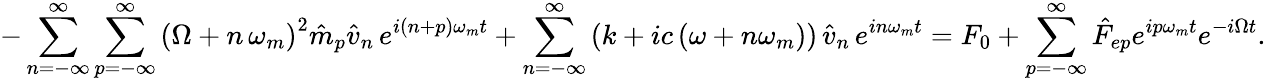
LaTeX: -\sum_{n=-\infty}^{\infty}\sum_{p=-\infty}^{\infty}\left(\Omega+n\, \omega_{m}\right)^{2}\hat{m}_{p}\hat{v}_{n}\, e^{i(n+p)\omega_{m}t}+\sum_{n=-\infty}^{\infty}\left(k+ic\left(\omega+n\omega_{m}\right)\right)\, \hat{v}_{n}\, e^{in\omega_{m}t}=F_{0}+\sum_{p=-\infty}^{\infty}\hat{F}_{ep}e^{ip\omega_{m}t}e^{-i\Omega t}.